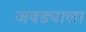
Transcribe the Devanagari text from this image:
जबड्याला